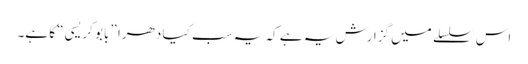
اس سلسلے میں گزارش یہ ہے کہ یہ سب کیا دھرا ”بابو کریسی“ کا ہے۔